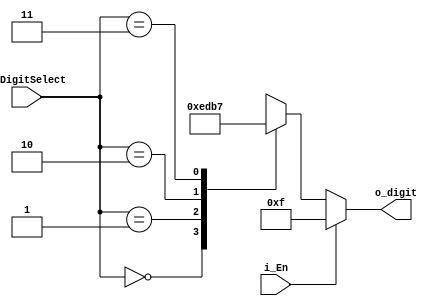
`timescale 1ns / 1ps
//////////////////////////////////////////////////////////////////////////////////
// Company: 
// Engineer: 
// 
// Design Name: 
// Module Name: FND_select_decoder
// Project Name: 
// Target Devices: 
// Tool Versions: 
// Description: 
// 
// Dependencies: 
// 
// Revision:
// Revision 0.01 - File Created
// Additional Comments:
// 
//////////////////////////////////////////////////////////////////////////////////


module FND_select_decoder(
    input [1:0] i_DigitSelect,
    input i_En,
    output [3:0] o_digit
    );

    reg [3:0] r_digit;
    
    assign o_digit = r_digit;

    always @(i_DigitSelect, i_En) begin //always @(i_DigitSelect or i_En) begin
        if(i_En) begin
            r_digit = 4'b1111;
        end
        else begin
            case (i_DigitSelect)
                2'h0 : r_digit = 4'b1110;
                2'h1 : r_digit = 4'b1101;
                2'h2 : r_digit = 4'b1011;
                2'h3 : r_digit = 4'b0111;
            endcase
        end
    end
endmodule